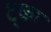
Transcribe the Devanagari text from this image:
ट्का